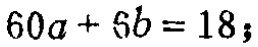
\(60a + 6b = 18;\)